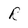
Character: R